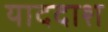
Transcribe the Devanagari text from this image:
याददाश